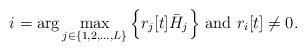
LaTeX: \begin{align*}i = \arg \max_{j\in \{1,2,\ldots,L\}}\Big\{{r_j}[t]\bar{H}_j\Big\}~\textrm{and}~{r_i}[t] \neq 0.\end{align*}